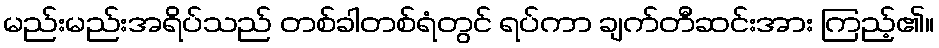
မည်းမည်းအရိပ်သည် တစ်ခါတစ်ရံတွင် ရပ်ကာ ချက်တီဆင်းအား ကြည့်၏။